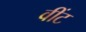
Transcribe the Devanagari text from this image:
वींट